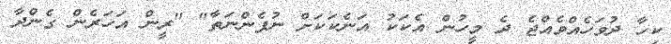
ކިހާ ދުވަހެއްވެއްޖެ ދެ މީހުން އެކަކު އަނެކަކަށް ނުފެންނަތާ" "ރީން އަހަރެން ގެންދާ